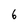
Character: 6